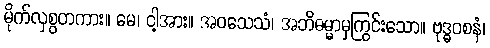
မိုက်လှစွတကား။ မေ၊ ငါ့အား။ အဝသေသံ၊ အဘိဓမ္မာမှကြွင်းသော။ ဗုဒ္ဓဝစနံ၊